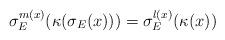
LaTeX: \begin{align*}\sigma_E^{m(x)} ( \kappa( \sigma_E(x) ) ) = \sigma_E^{l(x)} ( \kappa(x) )\end{align*}